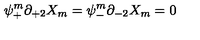
\psi _ { + } ^ { m } \partial _ { + 2 } X _ { m } = \psi _ { - } ^ { m } \partial _ { - 2 } X _ { m } = 0